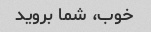
خوب، شما بروید